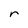
Character: r